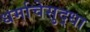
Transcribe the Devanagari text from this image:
धर्माचेसुद्धा